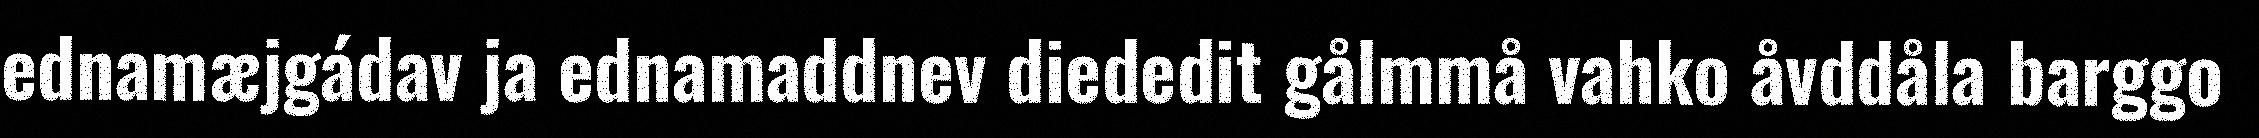
ednamæjgádav ja ednamaddnev diededit gålmmå vahko åvddåla barggo